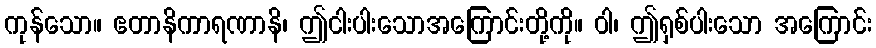
ကုန်သော။ ဧတာနိကာရဏာနိ၊ ဤငါးပါးသောအကြောင်းတို့ကို။ ဝါ၊ ဤရှစ်ပါးသော အကြောင်း